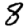
Digit: 8